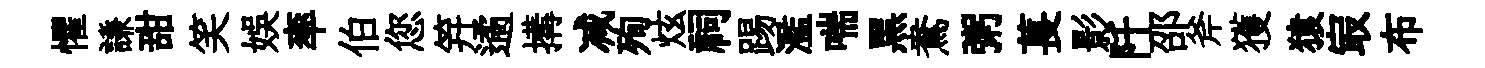
懼謙甜笑娱率伯您笄遹搆减殉炫祠踢濫喘黑鴦粥萇影阡邵斧獲猿㝡布